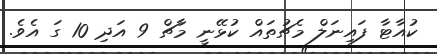
ކުއާޓާ ފައިނަލް މެޗުތައް ކުޅޭނީ މާޗް 9 އަދި 10 ގަ އެވެ.